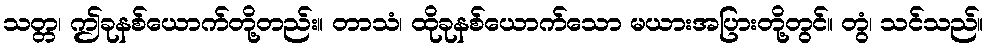
သတ္တ၊ ဤခုနစ်ယောက်တို့တည်း။ တာသံ၊ ထိုခုနစ်ယောက်သော မယားအပြားတို့တွင်။ တွံ၊ သင်သည်။